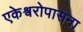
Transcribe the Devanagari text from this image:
एकेश्वरोपासना